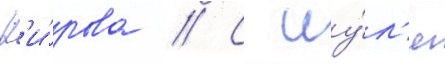
К'и́рова // С иу́л'я